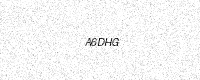
Text: A6DHG